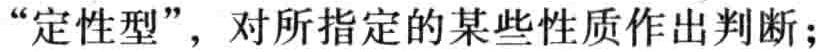
“定性型”，对所指定的某些性质作出判断；